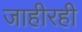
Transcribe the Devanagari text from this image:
जाहीरही